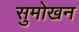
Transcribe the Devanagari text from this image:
सुमोखन